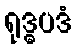
ရုဒ္ဓပဒံ